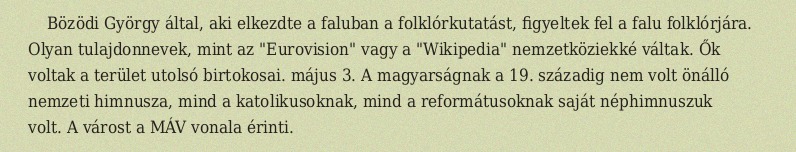
Bözödi György által, aki elkezdte a faluban a folklórkutatást, figyeltek fel a falu folklórjára. Olyan tulajdonnevek, mint az "Eurovision" vagy a "Wikipedia" nemzetköziekké váltak. Ők voltak a terület utolsó birtokosai. május 3. A magyarságnak a 19. századig nem volt önálló nemzeti himnusza, mind a katolikusoknak, mind a reformátusoknak saját néphimnuszuk volt. A várost a MÁV vonala érinti.